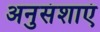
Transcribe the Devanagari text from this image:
अनुसंशाएं